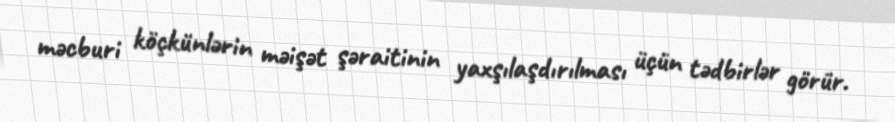
məcburi köçkünlərin məişət şəraitinin yaxşılaşdırılması üçün tədbirlər görür.